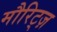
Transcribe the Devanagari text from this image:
मौरिट्ज़